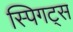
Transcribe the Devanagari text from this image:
स्पिगट्स